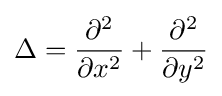
\Delta ={\frac {\partial ^{2}}{\partial x^{2}}}+{\frac {\partial ^{2}}{\partial y^{2}}}